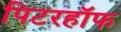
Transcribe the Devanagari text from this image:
पिटरहॉफ